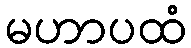
မဟာပထံ